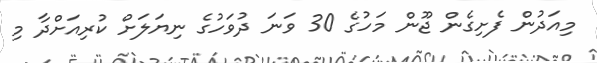
މިއަދުން ފެށިގެން ޖޫން މަހުގެ 30 ވަނަ ދުވަހުގެ ނިޔަލަށް ކުރިއަށްދާ މި